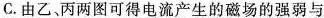
C.由乙、丙两图可得电流产生的磁场的强弱与